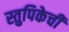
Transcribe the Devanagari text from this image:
स्तुपिकेची